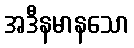
အဒီနမာနသော